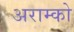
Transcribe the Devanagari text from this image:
अराम्को